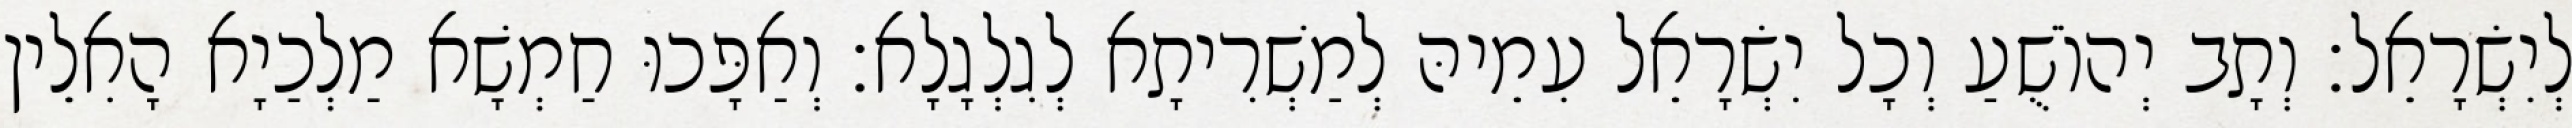
לְיִשְׂרָאֵל׃ וְתָב יְהוֹשֻׁעַ וְכָל יִשְׂרָאֵל עִמֵיהּ לְמַשְׁרִיתָא לְגִלְגָלָא׃ וְאַפָּכוּ חַמְשָׁא מַלְכַיָא הָאִלֵין